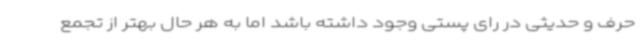
حرف و حدیثی در رای پستی وجود داشته باشد اما به هر حال بهتر از تجمع